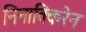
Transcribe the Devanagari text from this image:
निनाक्किरेन